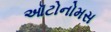
ઑટોનોમસ